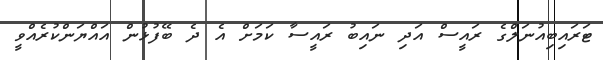
ޓަރައިބިއުނަލްގެ ރައީސް އަދި ނައިބު ރައީސާ ކަމަށް އެ ދެ ބޭފުޅުން އައްޔަންކުރެއްވީ